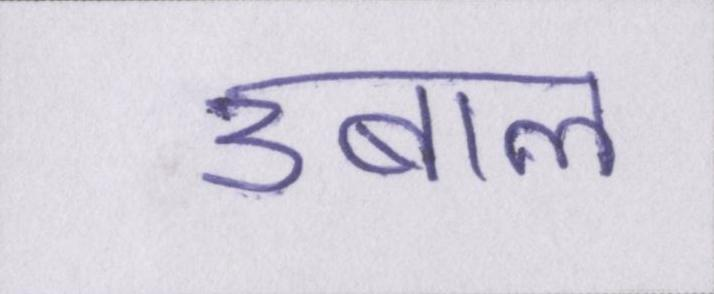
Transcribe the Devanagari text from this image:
उबाल